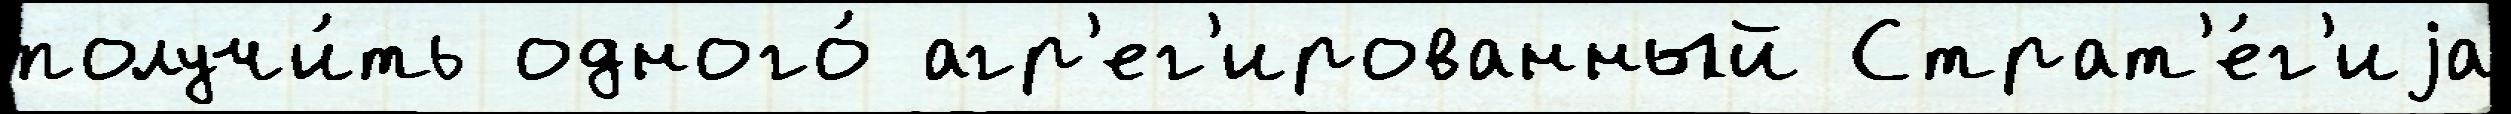
получи́ть одного́ агр'ег'ированный Страт'е́г'иjа